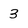
Character: 3